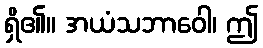
ရှိ၏။ အယံသဘာဝေါ၊ ဤ